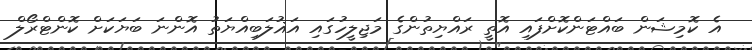
އެ ކޮމިޝަން ބައްޓަންކޮށްފައި އޮތީ ރައްޔިތުންގެ މަޖިލީހުގައި އަޣުލަބިއްޔަތު އޮންނަ ބަޔަކަށް ކޮންޓްރޯލް